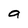
Character: a